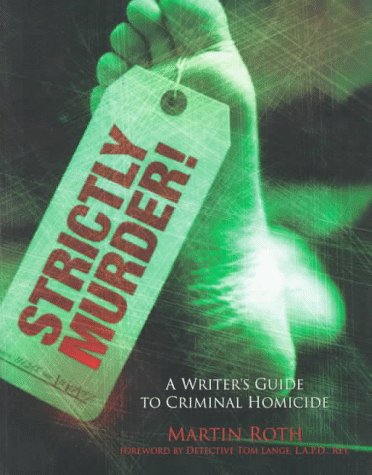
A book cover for Strictly Murder!: A Writer's Guide to Criminal Homicide; Martin Roth; Mystery, Thriller & Suspense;